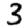
Digit: 3